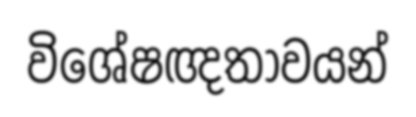
විශේෂඥතාවයන්